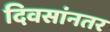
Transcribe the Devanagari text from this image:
दिवसांनतर